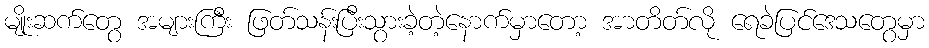
မျိုးဆက်တွေ အများကြီး ဖြတ်သန်းပြီးသွားခဲ့တဲ့နောက်မှာတော့ အာတိတ်လို ရေခဲပြင်ဒေသတွေမှာ